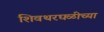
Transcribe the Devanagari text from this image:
शिवथरघळीच्या